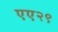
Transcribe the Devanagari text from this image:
एए२९